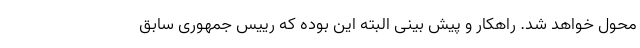
محول خواهد شد. راهکار و پیش بینی البته این بوده که رییس جمهوری سابق